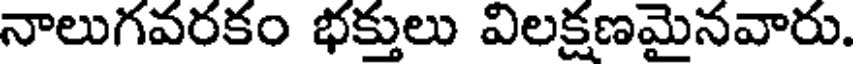
నాలుగవరకం భక్తులు విలక్షణమైనవారు.